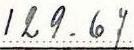
129.67